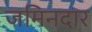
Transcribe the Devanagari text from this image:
जमिनदार